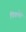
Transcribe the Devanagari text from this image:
पिचलेले